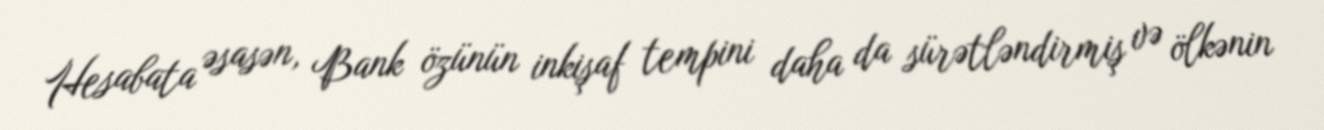
Hesabata əsasən, Bank özünün inkişaf tempini daha da sürətləndirmiş və ölkənin